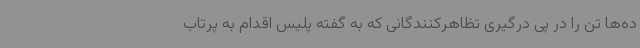
ده‌ها تن را در پی درگیری تظاهرکنندگانی که به گفته پلیس اقدام به پرتاب